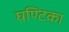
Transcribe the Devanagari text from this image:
घण्टिका